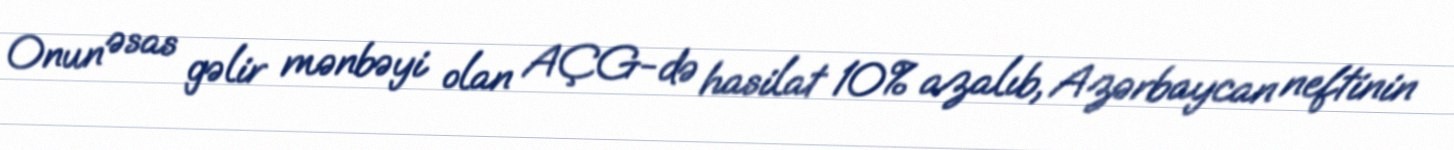
Onun əsas gəlir mənbəyi olan AÇG-də hasilat 10% azalıb, Azərbaycan neftinin